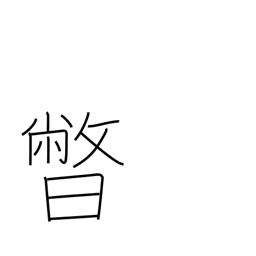
Meaning: setting sun